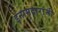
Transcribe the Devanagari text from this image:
इनामदारांनी